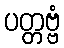
ပတ္တဗ္ဗံ